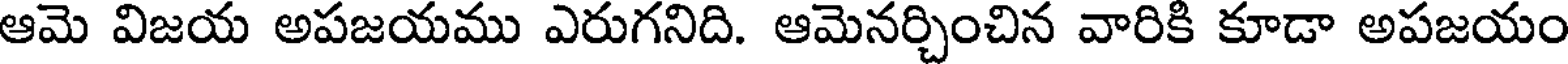
ఆమె విజయ అపజయము ఎరుగనిది. ఆమెనర్చించిన వారికి కూడా అపజయం